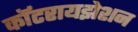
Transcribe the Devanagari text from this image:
कॉटरायझेशन